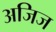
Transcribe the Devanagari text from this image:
अजिज